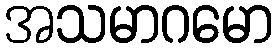
အသမာဂမော